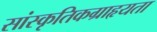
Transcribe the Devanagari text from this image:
सांस्कृतिकग्राहृयता